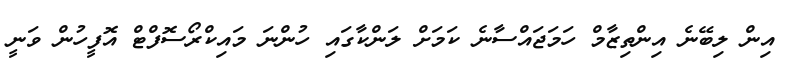
އިން ލިބޭނެ އިންތިޒާމް ހަމަޖައްސާނެ ކަމަށް ލަންކާގައި ހުންނަ މައިކްރޯސޮފްޓް އޮފީހުން ވަނީ